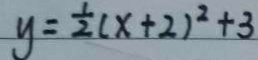
y = \frac { 1 } { 2 } ( x + 2 ) ^ { 2 } + 3